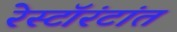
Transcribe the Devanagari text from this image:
रेस्टॉरंटांत